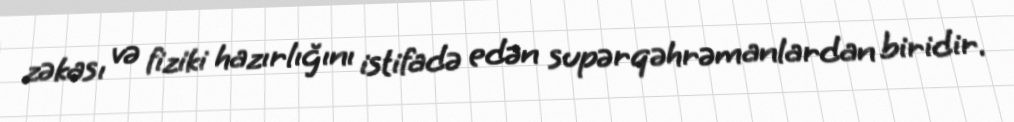
zəkası və fiziki hazırlığını istifadə edən supərqəhrəmanlardan biridir.